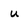
Character: u